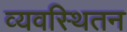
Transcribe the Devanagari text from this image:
व्यवस्थितन